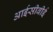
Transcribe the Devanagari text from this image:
आईसीबीई